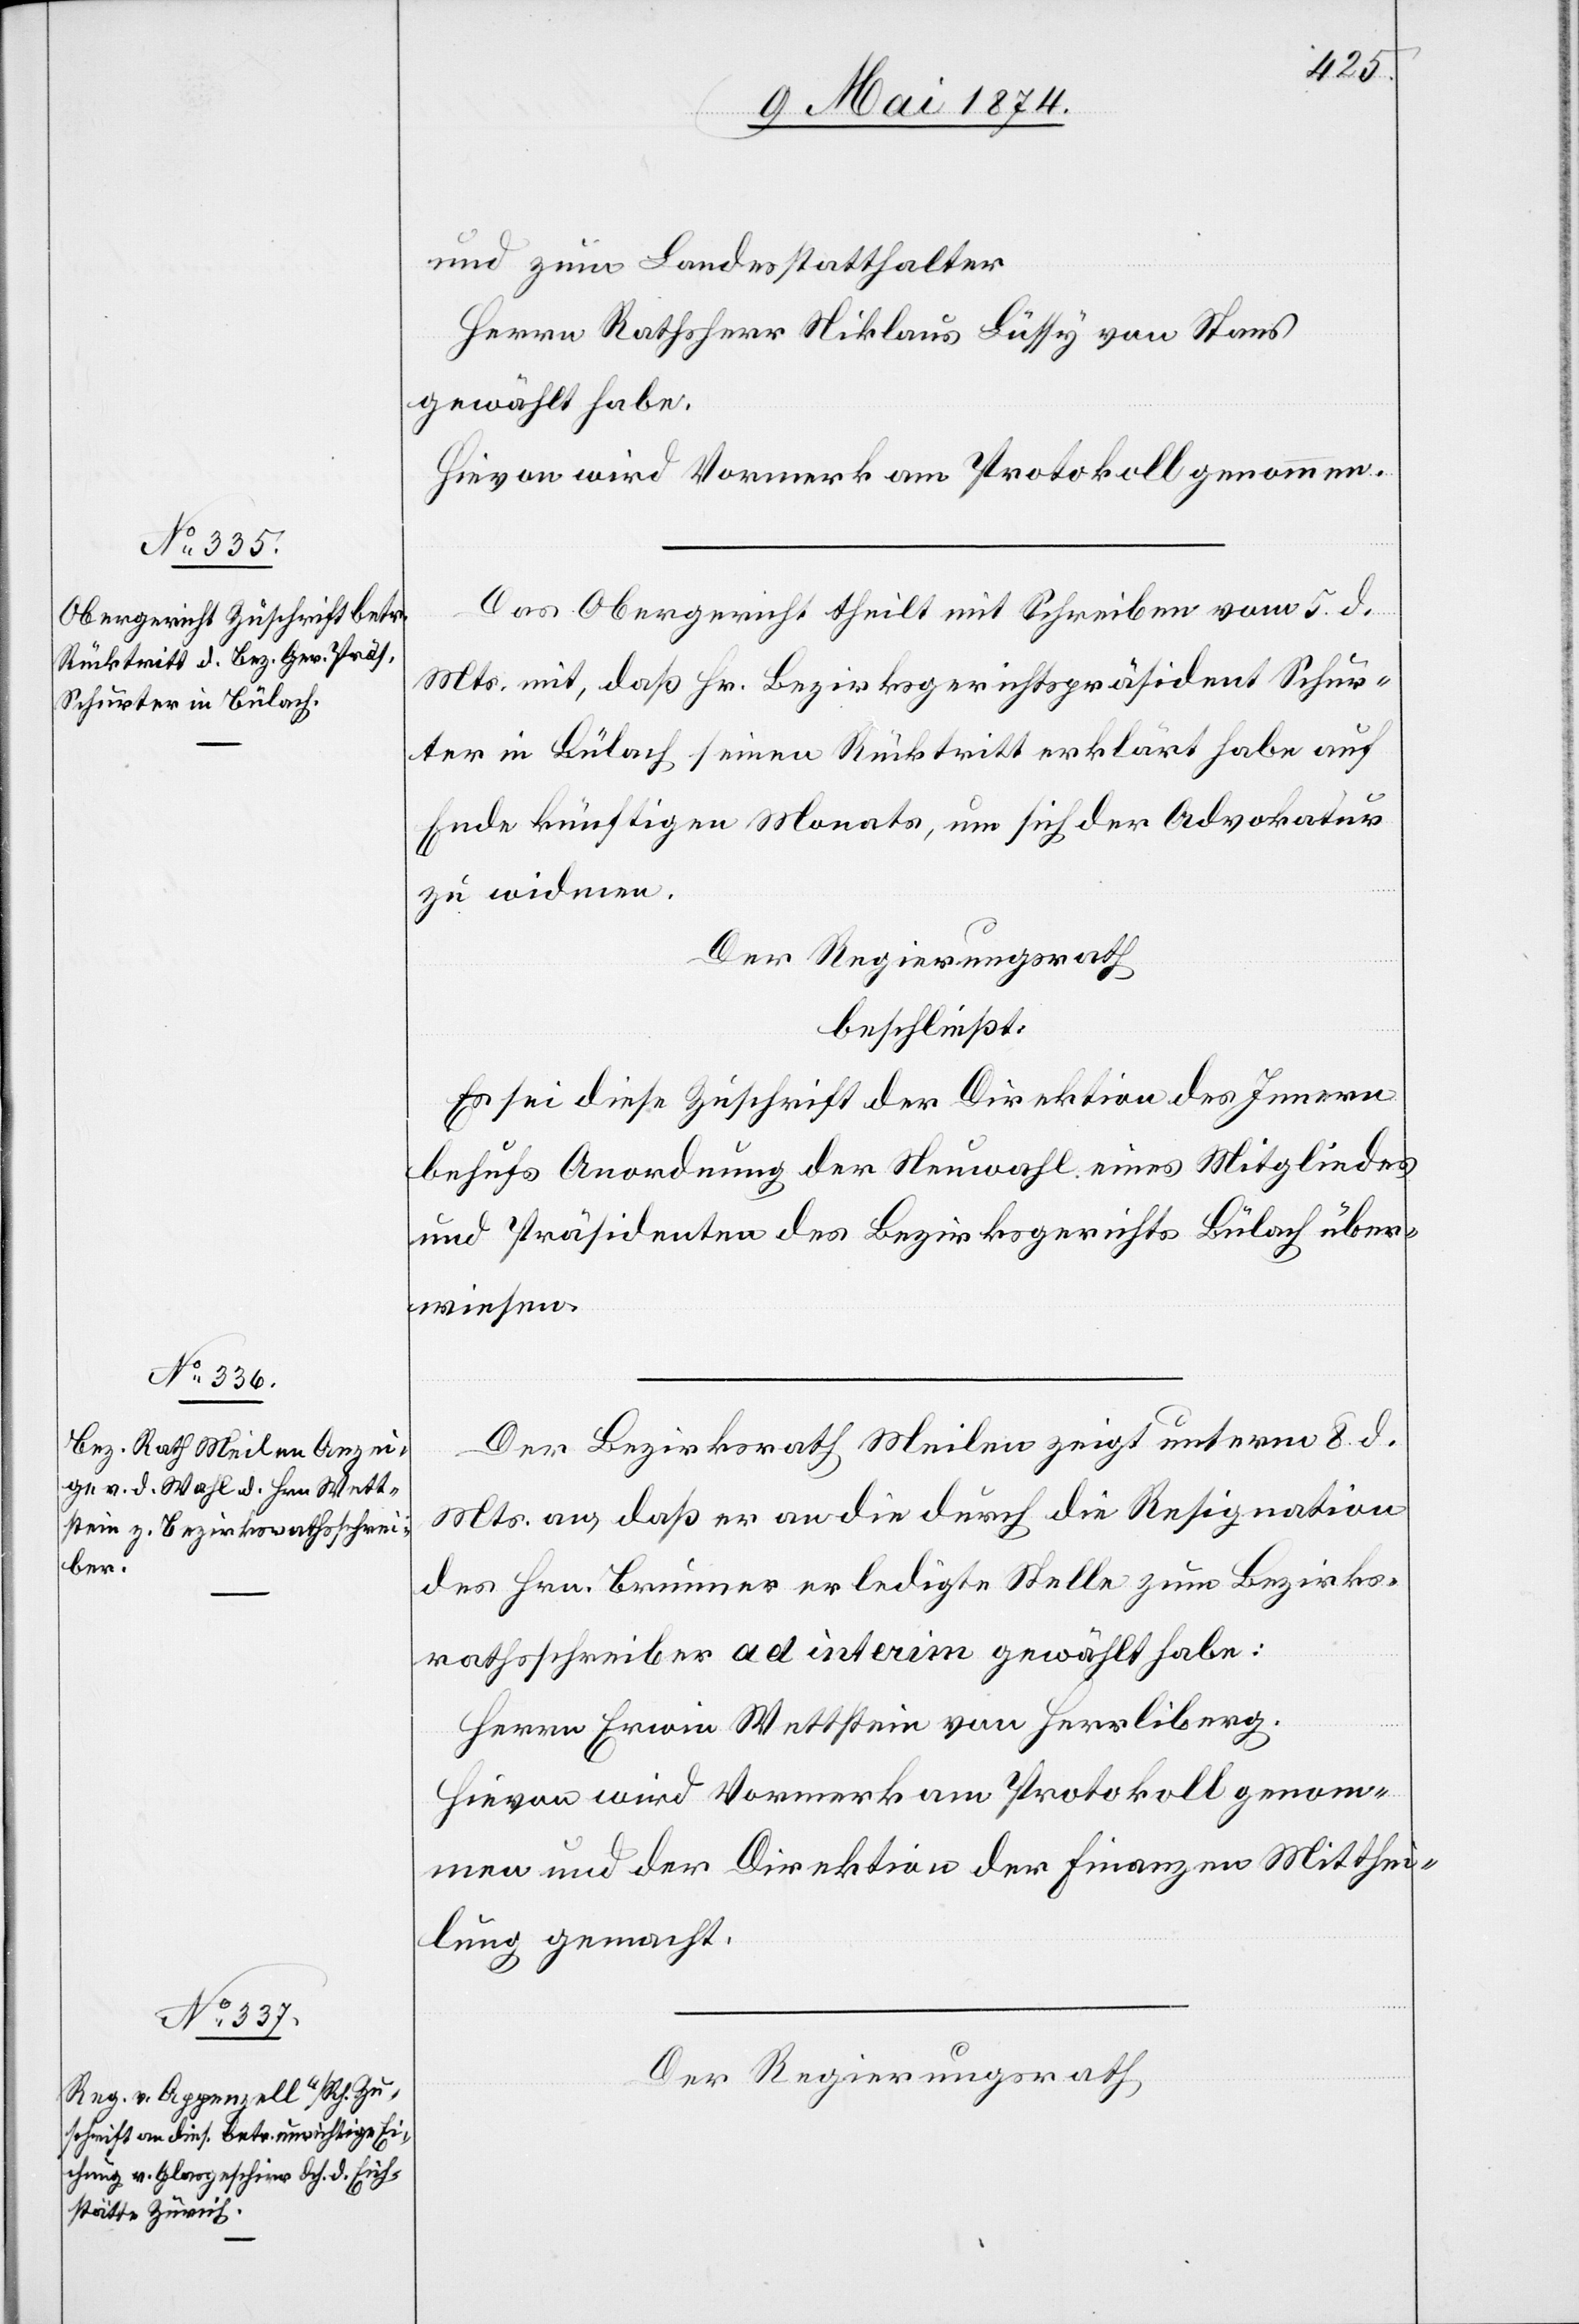
und zum Landesstatthalter
Herrn Rathsherr Niklaus Lüssy von Stans
gewählt habe.
Hievon wird Vormerk am Protokoll genommen.
Das Obergericht theilt mit Schreiben vom 5. d.
Mts. mit, daß Hr. Bezirksgerichtspräsident Schus¬
ter in Bülach seinen Rücktritt erklärt habe auf
Ende künftigen Monats, um sich der Advokatur
zu widmen.
Der Regierungsrath
beschließt:
Es sei diese Zuschrift der Direktion des Innern
behufs Anordnung der Neuwahl eines Mitgliedes
und Präsidenten des Bezirksgerichts Bülach über¬
wiesen.
Der Bezirksrath Meilen zeigt unterm 8. d.
Mts. an, daß er an die durch die Resignation
des Hrn. Brunner erledigte Stelle zum Bezirks¬
rathsschreiber ad interim gewählt habe:
Herrn Erwin Wettstein von Herrliberg.
Hievon wird Vormerk am Protokoll genom¬
men und der Direktion der Finanzen Mitthei¬
lung gemacht.
Der Regierungsrath,